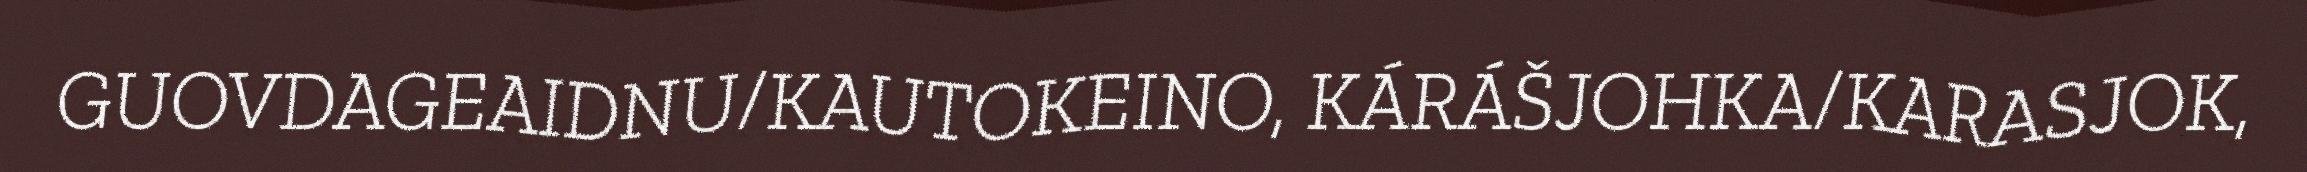
GUOVDAGEAIDNU/KAUTOKEINO, KÁRÁŠJOHKA/KARASJOK,